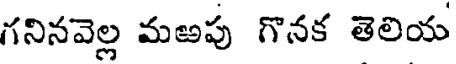
గనినవెల్ల మఱపు గొనక తెలియ